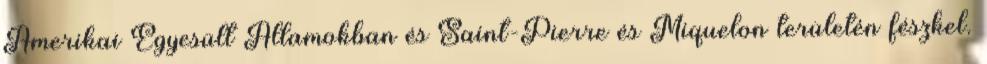
Amerikai Egyesült Államokban és Saint-Pierre és Miquelon területén fészkel.